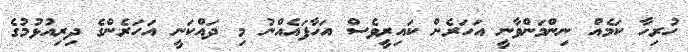
ހުރިހާ ކަމެއް ނިންމަންވާނީ އަހަރެން ކައިރީވެސް އަހާފައެއްނު މި ދައްކަނީ އަހަރެންގެ ދިރިއުޅުމުގެ